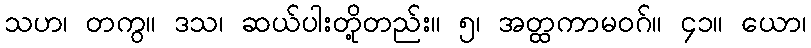
သဟ၊ တကွ။ ဒသ၊ ဆယ်ပါးတို့တည်း။ ၅၊ အတ္ထကာမဝဂ်။ ၄၁။ ယော၊